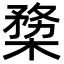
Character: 𣖶